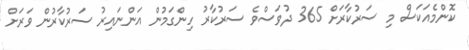
ކޮންމެއަކަސް މި ސަރުކާރަށް 365 ދުވަސްވެ ސަރުކާރު ހިންގަމުން އަންނައިރު ސަރުކާރުން ވަރަށް